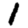
Digit: 1